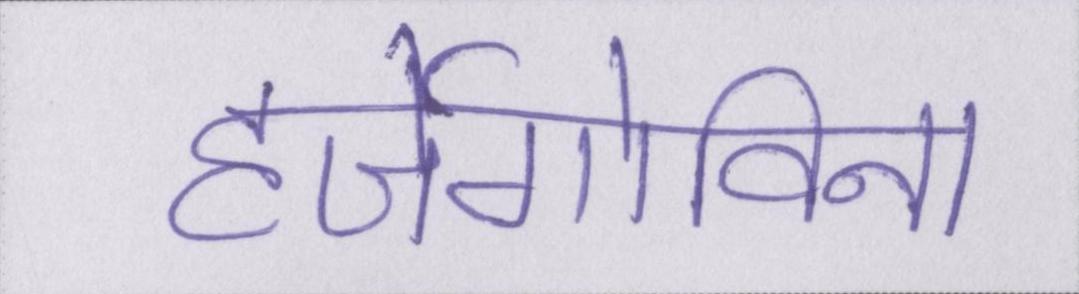
हर्जेगोविना